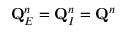
\mathbf { Q } _ { E } ^ { n } = \mathbf { Q } _ { I } ^ { n } = \mathbf { Q } ^ { n }